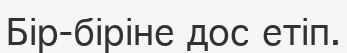
Бір-біріне дос етіп.